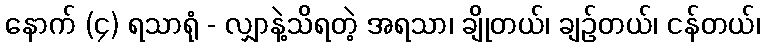
နောက် (၄) ရသာရုံ - လျှာနဲ့သိရတဲ့ အရသာ၊ ချိုတယ်၊ ချဉ်တယ်၊ ငန်တယ်၊